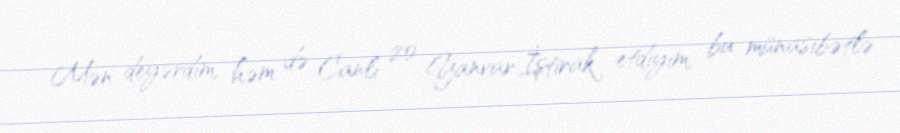
Mən deyərdim, həm də Canlı 20 Yanvar.İştirak etdiyim, bu münasibətlə